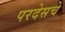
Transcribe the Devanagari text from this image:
परदेसचे